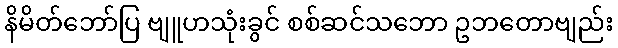
နိမိတ်ဘော်ပြ ဗျူဟသုံးခွင် စစ်ဆင်သဘော ဥဘတောဗျည်း